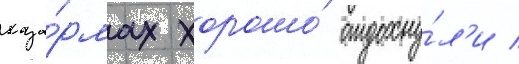
каза́рмах хорошо́ отдохну́л'и /